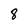
Character: 8